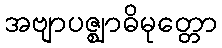
အဗျာပဇ္ဈာဓိမုတ္တော